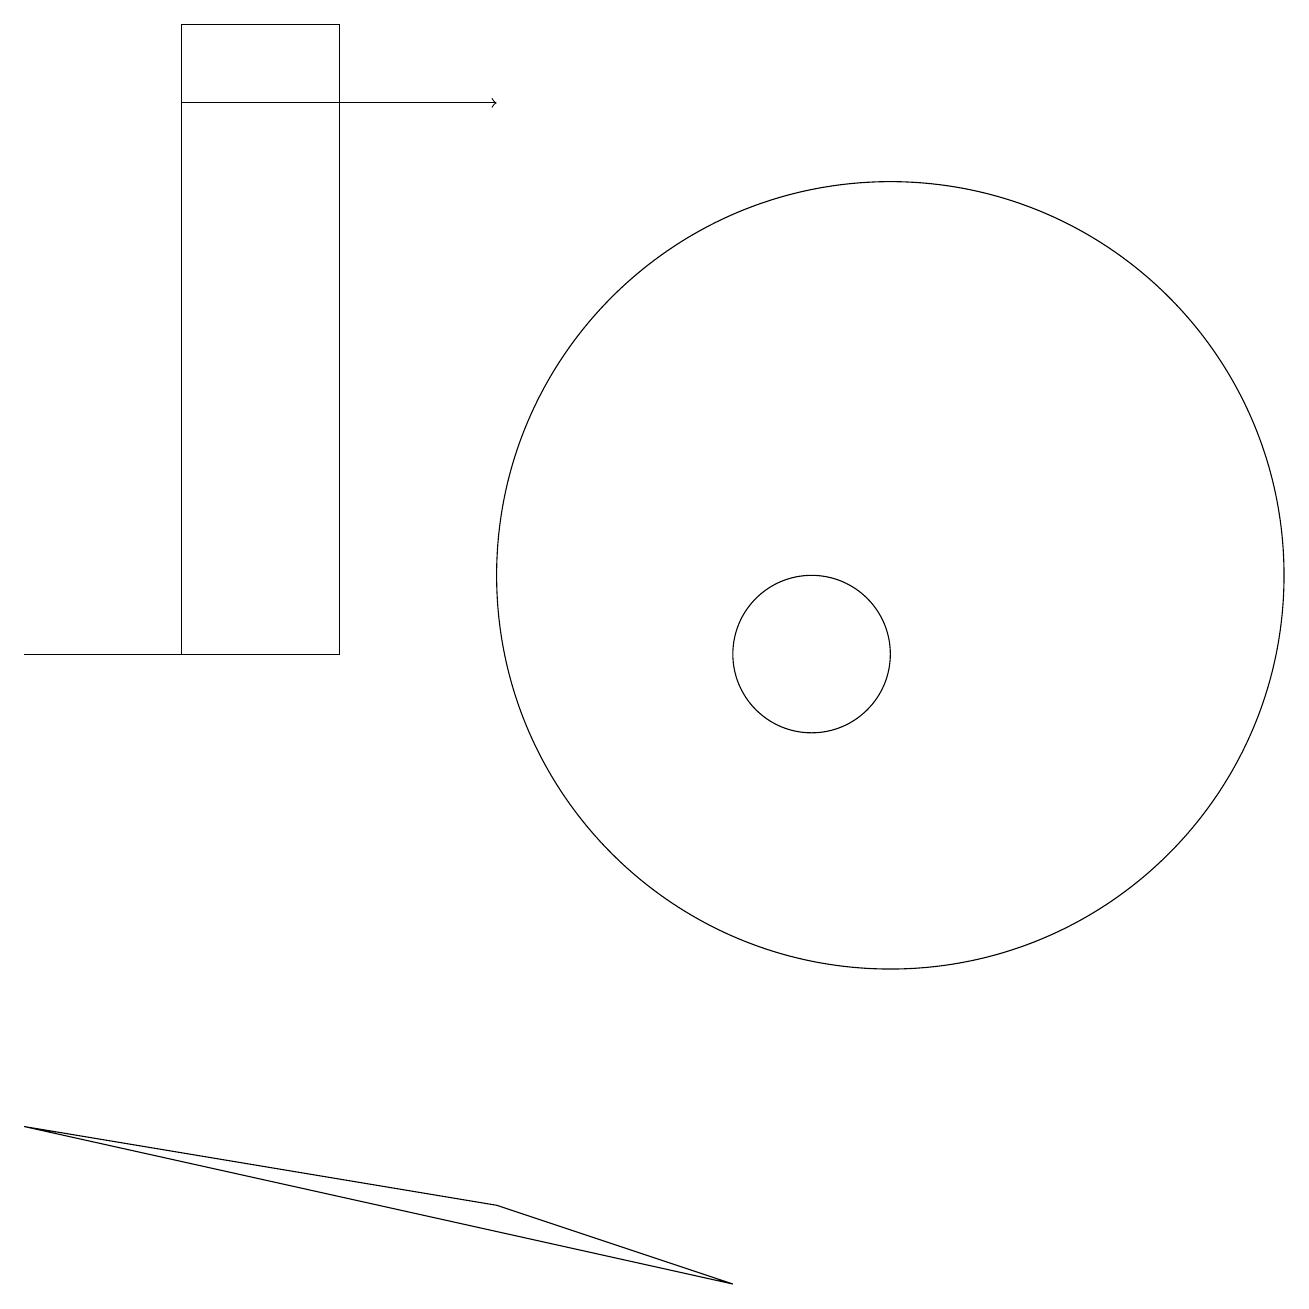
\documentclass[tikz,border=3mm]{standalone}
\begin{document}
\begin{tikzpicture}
\draw (11,12) circle (5);
\draw (9,3) -- (6,4) -- (0,5) -- cycle;
\draw (2,11) rectangle (4,19);
\draw[->] (2,18) -- (6,18);
\draw (10,11) circle (1);
\draw (0,11) rectangle (2,11);
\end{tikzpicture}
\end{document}